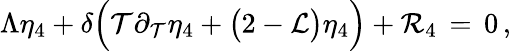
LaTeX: \Lambda\eta_{4}+\delta\Bigl(\mathcal{T}\partial_{\mathcal{T}}\eta_{4}+\bigl(2-\mathcal{{L}}\bigr)\eta_{4}\Bigr)+\mathcal{{R}}_{4}\, =\, 0\, ,